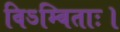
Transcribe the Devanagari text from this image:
विऽम्बिताः।